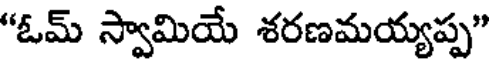
"ఓమ్ స్వామియే శరణమయ్యప్ప"